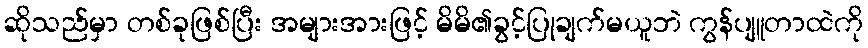
ဆိုသည်မှာ တစ်ခုဖြစ်ပြီး အများအားဖြင့် မိမိ၏ခွင့်ပြုချက်မယူဘဲ ကွန်ပျူတာထဲကို